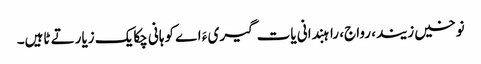
نوخیں زیند، رواج، راہبندانی یات گیری ءَ اے کوہانی چکایک زیارتے ٹاہیں۔